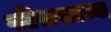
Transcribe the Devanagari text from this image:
गतिशास्त्राच्या